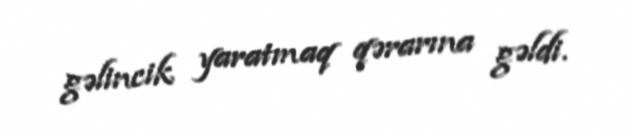
gəlincik yaratmaq qərarına gəldi.